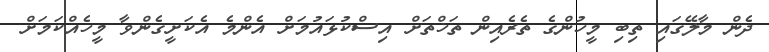
ދެން މާލޭގައި ތިބި މީހުންގެ ތެރެއިން ތަޚްތަށް އިސްކުޅައުމަށް އެންމެ އެކަށީގެންވާ މީހެއްކަމަށް